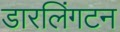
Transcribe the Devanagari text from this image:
डारलिंगटन